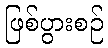
ဖြစ်ပွားစဉ်